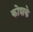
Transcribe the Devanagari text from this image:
कोशके